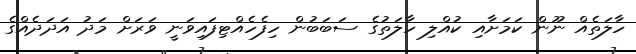
ހާލަތެއް ނޫން ކަމަށާއި ކުއްލި ހާލަތުގެ ސަބަބުން ހިފެހެއްޓިފައިވަނީ ވަރަށް މަދު އަދަދެއްގެ